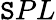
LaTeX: \mathtt{S}PL